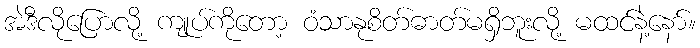
အဲဒီလိုပြောလို့ ကျုပ်ကိုတော့ ဝံသာနုစိတ်ဓာတ်မရှိဘူးလို့ မထင်နဲ့နော်။